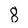
Character: 8